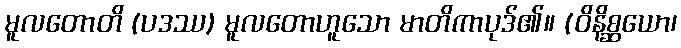
မူလတောတိ (ပဒဿ) မူလတောဟူသော မာတိကာပုဒ်၏။ (ဝိနိစ္ဆယော၊